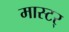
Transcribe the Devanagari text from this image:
मास्टर्